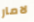
لامار